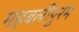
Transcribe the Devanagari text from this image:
महबलीपुरम